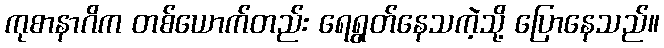
ကုစာနာဂိက တစ်ယောက်တည်း ရေရွတ်နေသကဲ့သို့ ပြောနေသည်။